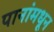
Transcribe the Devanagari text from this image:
पानांमधून